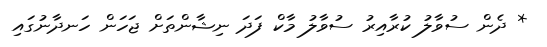
* ދެން ސުވާލު ކުރާއިރު ސުވާލު މާކް ފަދަ ނިޝާންތަށް ޖަހަން ހަނދާނުގައި